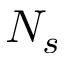
N _ { s }